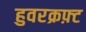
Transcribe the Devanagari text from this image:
हुवरक्रफ़्ट